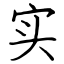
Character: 实